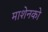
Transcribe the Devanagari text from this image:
माशेनको